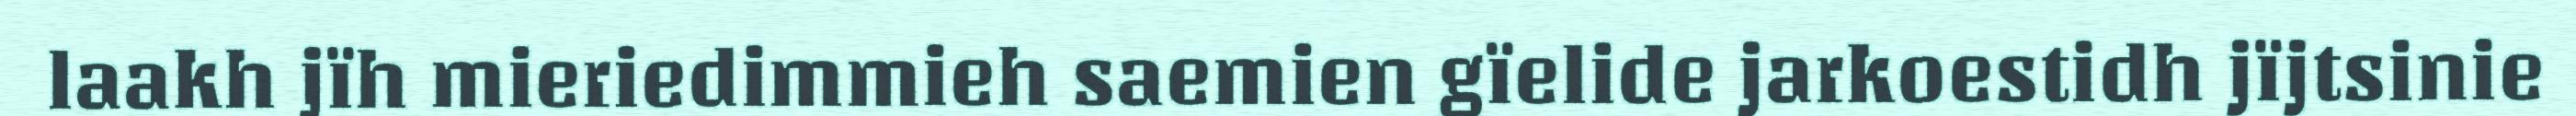
laakh jïh mieriedimmieh saemien gïelide jarkoestidh jïjtsinie